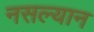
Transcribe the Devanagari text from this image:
नसल्यान